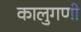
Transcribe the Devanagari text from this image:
कालुगणी